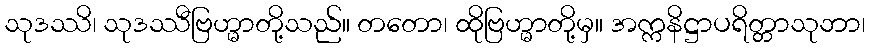
သုဒဿိ၊ သုဒဿီဗြဟ္မာတို့သည်။ တတော၊ ထိုဗြဟ္မာတို့မှ။ အက္ကနိဋ္ဌာပရိတ္တာသုဘာ၊